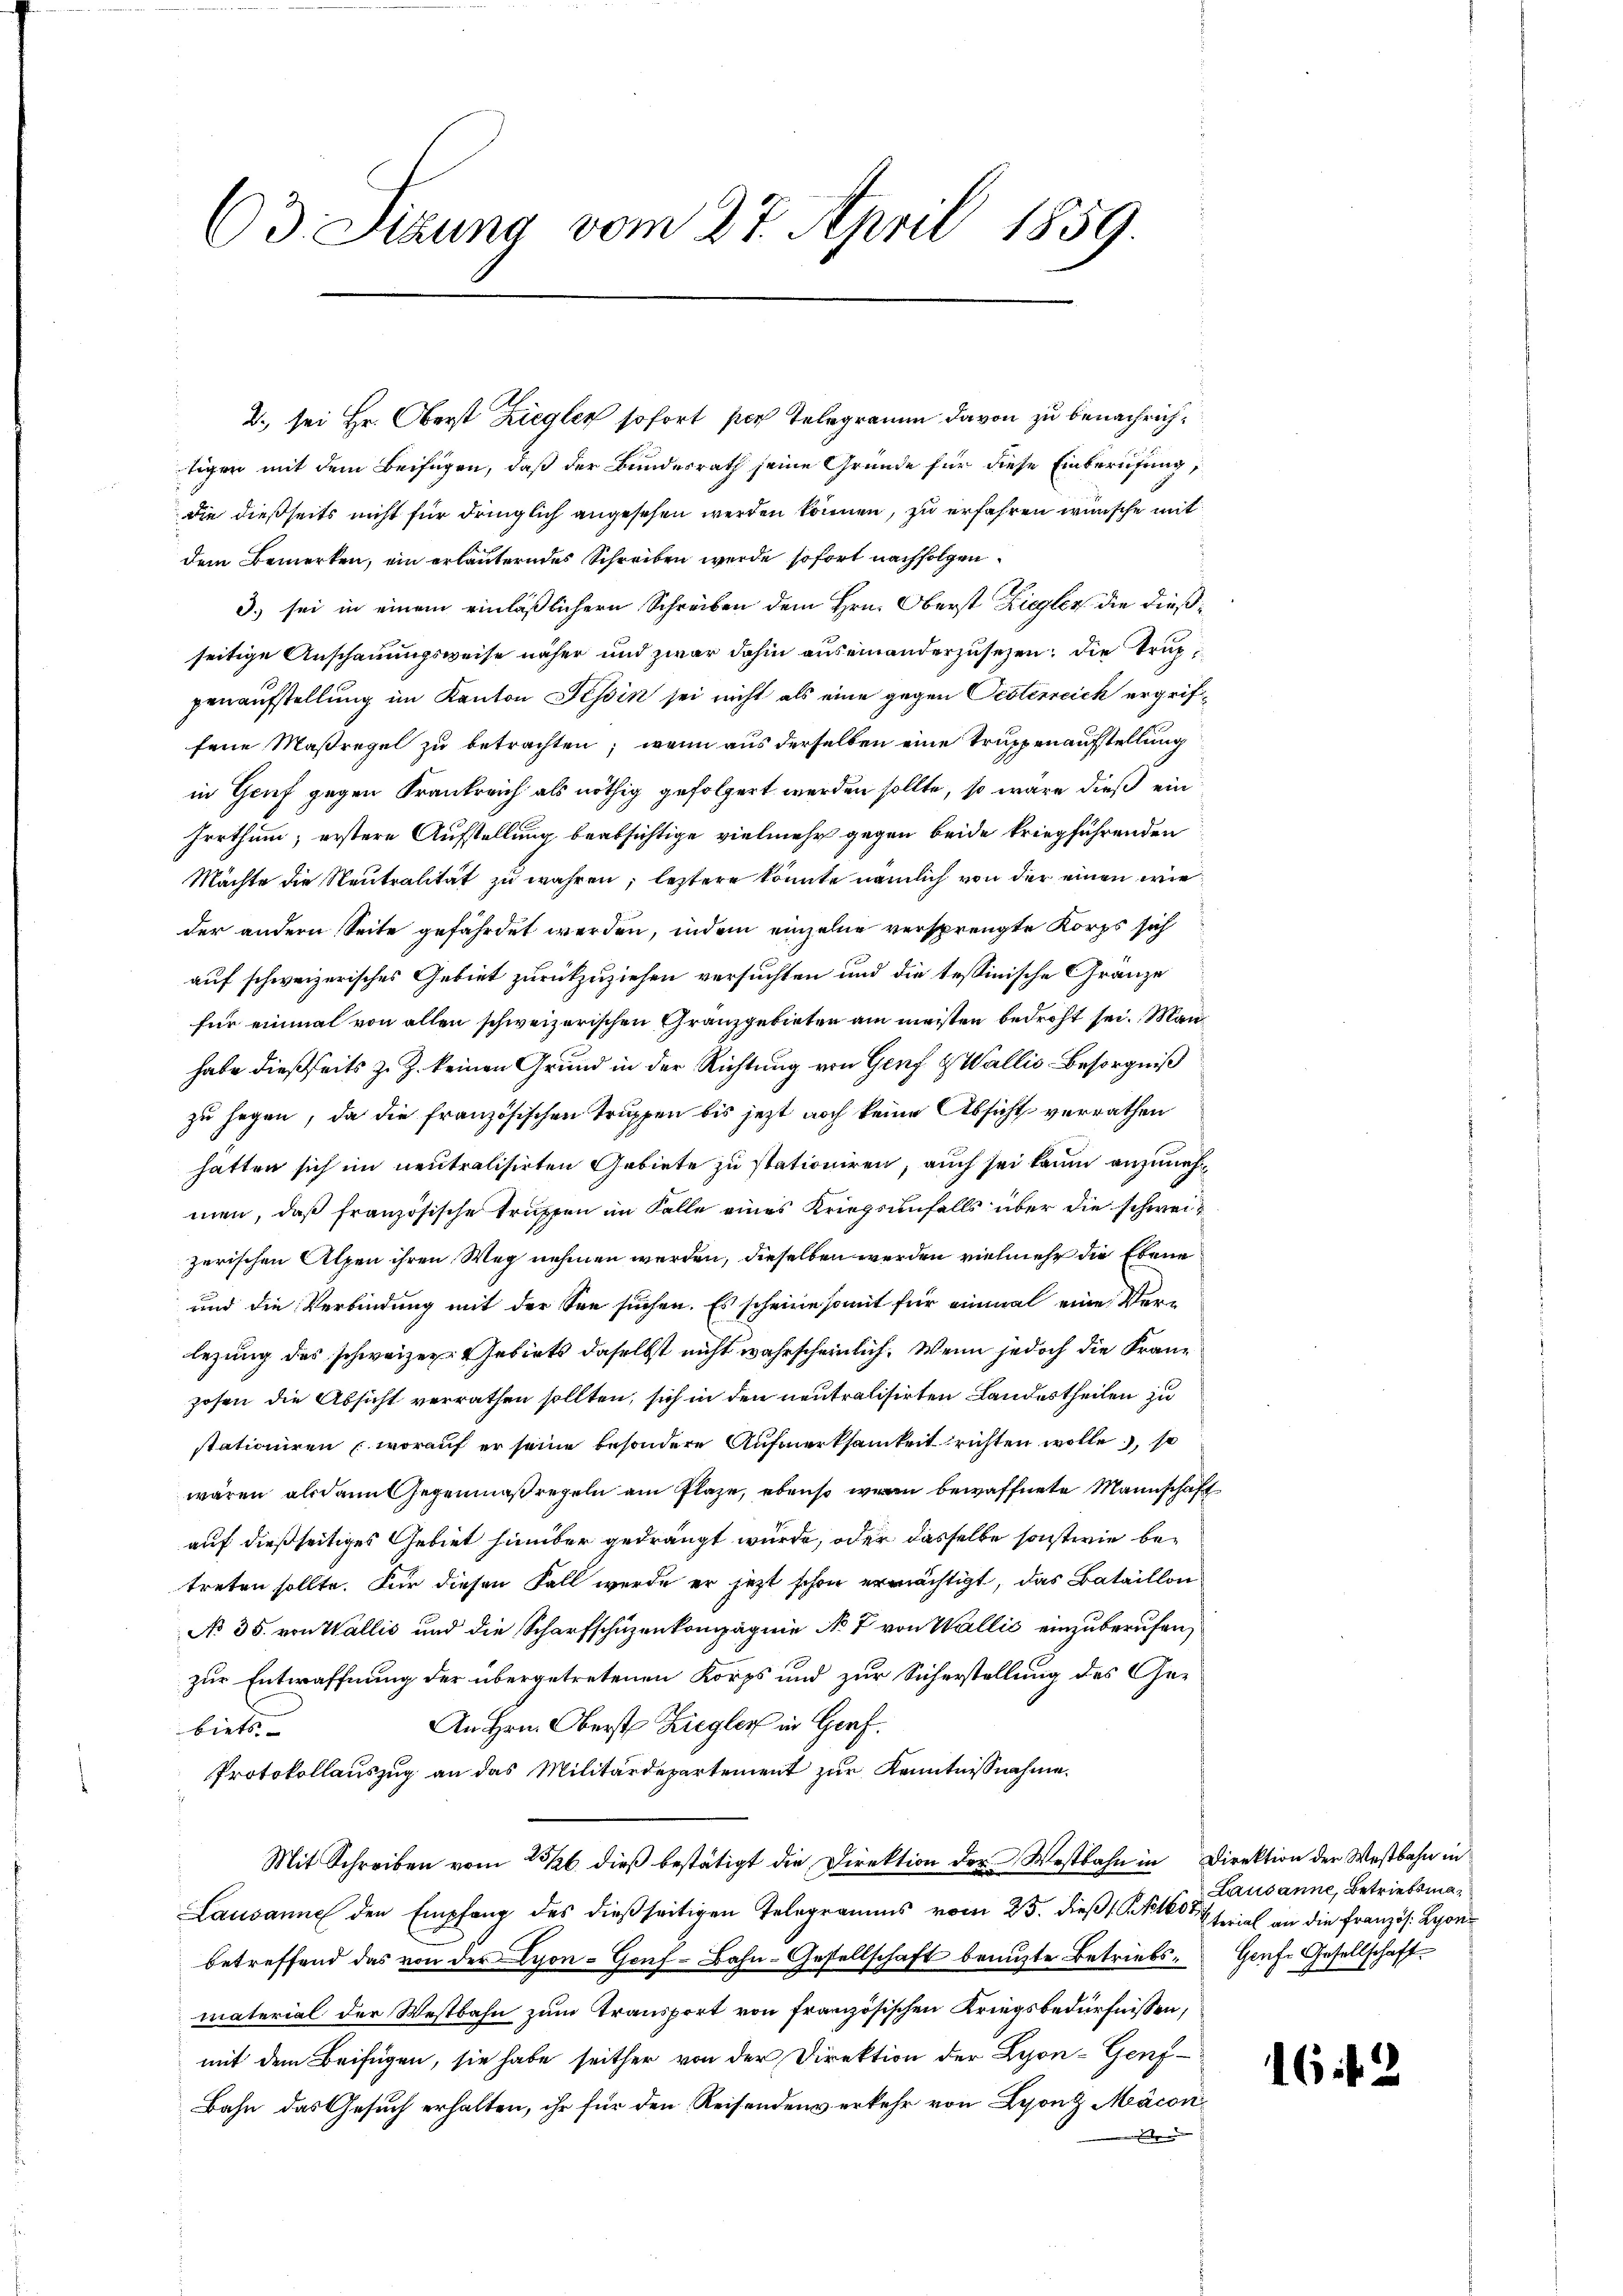
63. Sizung vom 27. April 1859.

dem Bemerken, ein erläuterndes Schreiben werde sofort nachfolgen.
3.) sei in einem einläßlichern Schreiben dem Hrn. Oberst Ziegler die dießseitige Anschauungsweise näher und zwar dahin aus einanderzusehen; die Truppenaufstellung im Kanton Tessin sei nicht als eine gegen Oesterreich ergriffene Maßregel zu betrachten; wenn aus derselben eine Truppenaufstellung
in Gruf gegen Krankreich als nöthig gefolgert werden sollte, so wäre dieß ein
Irrthum, erstere Aufstellung beabsichtige vielmehr gegen beide kriegführenden
Mächte die Neutralität zu wahren; leztere könnte nämlich von der einen wie
der andern Seite gefährdet werden, indem einzelne versprengte Korps sich
auf schweizerisches Gebiet zurückzuziehen versuchten und die tessinische Gränze
für einmal von allen schweizerischen Granzgebieten am meisten bedroht sei. Manhabe dießseits z. Z. keinen Grund in der Richtung von Genf Wallis-Besorgniß
zu hegen, da die französischen Truppen bis jetzt noch keine Absicht verräthen
hätten sich im neutralisirten Gebiete zu stationiren, auch sei kaum anzunehmen, daß französische Trüssen im Falle eines Kriegsunfalls über die schweizerischen Alpen ihren Weg nehmen werden, dieselben werden vielmehr die Ebene
und die Verbindung mit der See suchen. Es scheine somit für einmal eine Verlezung des schweizer Gebiets daselbst nicht wahrscheinlich. Wenn jedoch die Franzosen die Absicht verrathen sollten, sich in den neutralisirten Landestheilen zu
stationiren worauf er seine besondere Aufmerksamkeit richten wolle, so
wären alsdann Gegenmaßregeln am Plaze, ebenso wenn bewaffnete Mannschaft
auf dießseitiges Gebiet hinüber gedrängt wurde, oder dasselbe sonstwie betreten sollte. Für diesen Fall werde er jetzt schon ermächtigt, das Bataillon
No 35. von Wallis und die Scharfschüzenkompagnie No 7 von Wallić einzuberufen,
zur Entwaffnung der übergetretenen Korps und zur Sicherstellung des Ge¬
An Hrn. Oberst Ziegler in Graf.
biets
Protokollauszug an das Militärdepartement zur Kenntnissnahme.
Mit Schreiben vom 23/26. dieβ bestätigt die Direktion der Westbahn in Direktion der Westbahn in
Lausanne den Empfang des dießseitigen Telegramms vom 25. dieβ 1 Pktor
betreffend das von der Lyon- Genf - Bahn-Gesellschaft benuzte Betriebsmaterial der Westbahn zum Transport von französischen Kriegsbedürfnissen,
mit dem Beifügen, sie habe seither von der Direktion der Lyon- Genf
Bahn das Gesuch erhalten, ihr für den Reisendenverkehr von Leonz Mäcon¬
A

2. sei Hr. Oberst Ziegler sofort per Telegramm davon zu benachrichtigen mit dem Beifügen, daß der Bundesrath seine Gründe für diese Einberufung,
die dießseits nicht für dringlich angesehen werden können, zu erfahren wünsche mit

Lausanne, Betriebsmaterial an die Französ. Lyon
Grafe Gesellschaft.

6